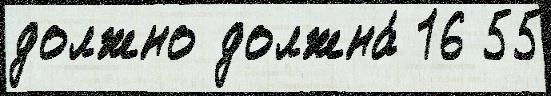
должно должна́ 16 55